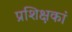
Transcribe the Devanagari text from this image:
प्रशिक्षकां